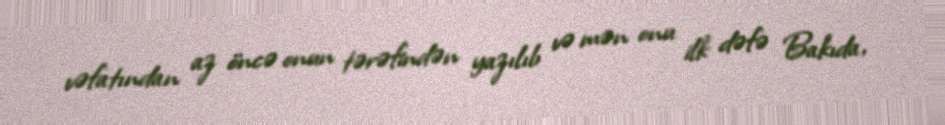
vəfatından az öncə onun tərəfindən yazılıb və mən onu ilk dəfə Bakıda,